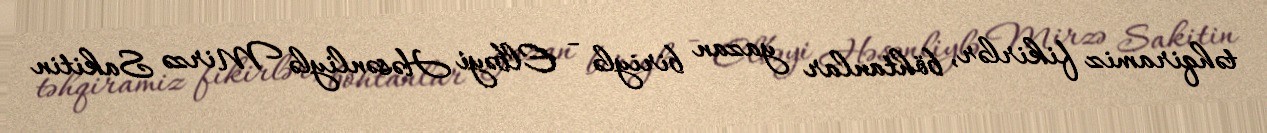
təhqiramiz fikirlər, böhtanlar yazan biriylə - Elbəyi Həsənliylə Mirzə Sakitin